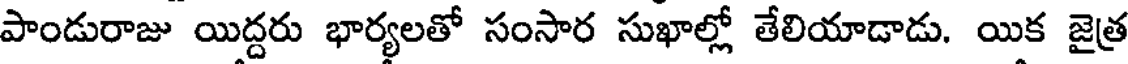
పాండురాజు యిద్దరు భార్యలతో సంసార సుఖాల్లో తేలియాడాడు. యిక జైత్ర